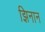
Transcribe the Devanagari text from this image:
झिनान